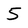
Character: 5